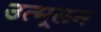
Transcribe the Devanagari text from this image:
उत्मूलन